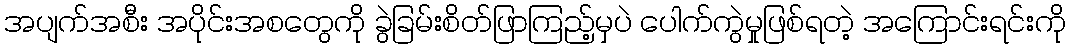
အပျက်အစီး အပိုင်းအစတွေကို ခွဲခြမ်းစိတ်ဖြာကြည့်မှပဲ ပေါက်ကွဲမှုဖြစ်ရတဲ့ အကြောင်းရင်းကို